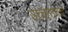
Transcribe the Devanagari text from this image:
उच्चारायचे